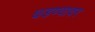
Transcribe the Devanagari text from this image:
घडण्यावर